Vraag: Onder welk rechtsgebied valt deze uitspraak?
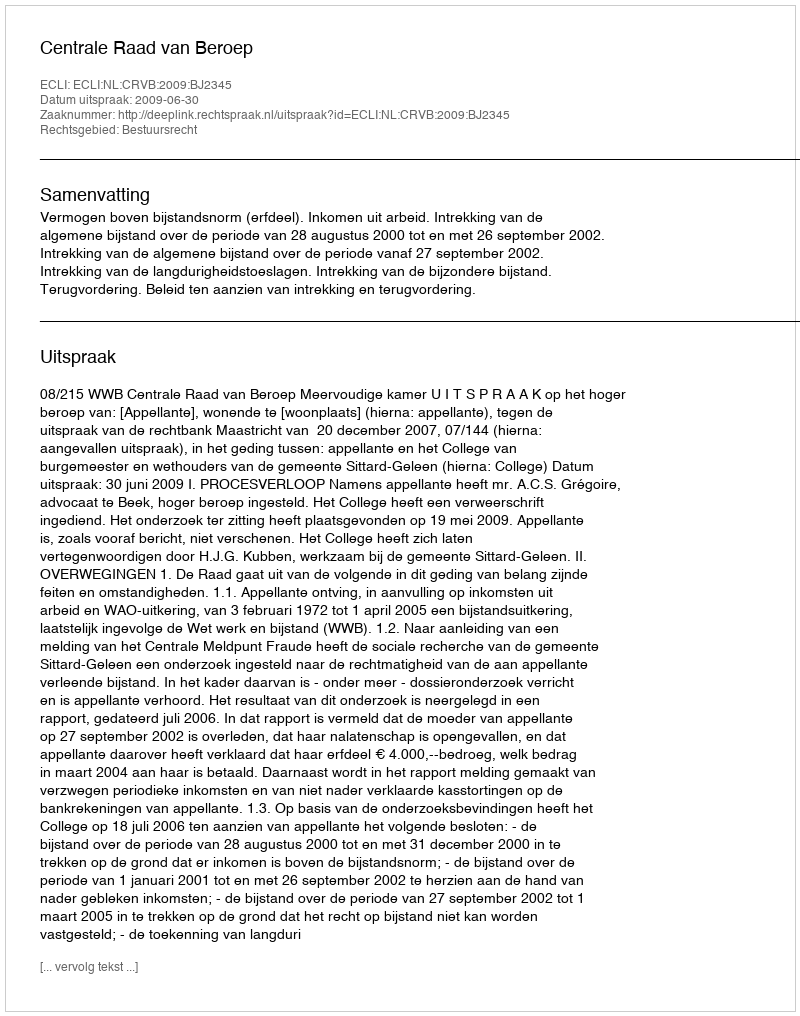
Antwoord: Bestuursrecht